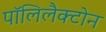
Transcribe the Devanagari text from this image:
पॉलिलैक्टोन